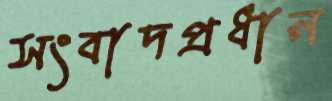
সংবাদপ্রধান